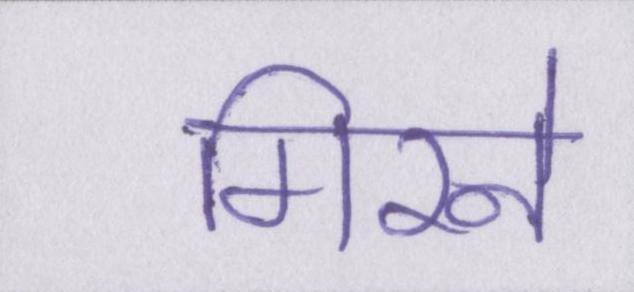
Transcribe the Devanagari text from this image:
गिरने